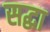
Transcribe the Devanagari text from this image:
सद्धा